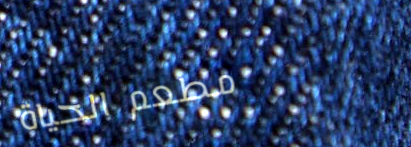
مطعم الحياة